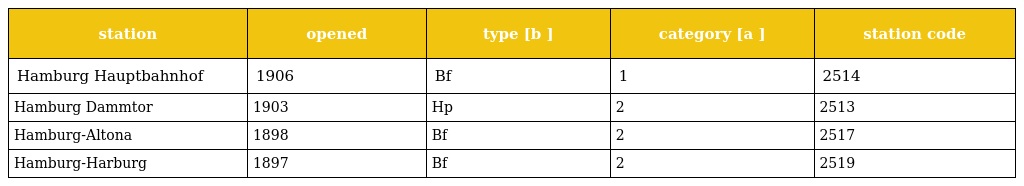
| station | opened | type [b ] | category [a ] | station code |
 | --- | --- | --- | --- | --- |
 | Hamburg Hauptbahnhof | 1906 | Bf | 1 | 2514 |
 | Hamburg Dammtor | 1903 | Hp | 2 | 2513 |
 | Hamburg-Altona | 1898 | Bf | 2 | 2517 |
 | Hamburg-Harburg | 1897 | Bf | 2 | 2519 |